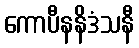
ကောပီနနိဒံသနီ